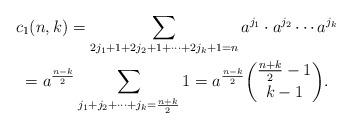
LaTeX: \begin{gather*}c_1(n,k)=\sum_{2j_1+1+2j_2+1+\cdots+2j_k+1=n}a^{j_1}\cdot a^{j_2}\cdots a^{j_k}\\=a^{\frac{n-k}{2}}\sum_{j_1+j_2+\cdots+j_k=\frac{n+k}{2}}1=a^{\frac{n-k}{2}}{\frac{n+k}{2}-1\choose k-1}.\end{gather*}